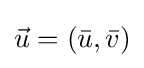
{\vec {u}}=({\bar {u}},{\bar {v}})